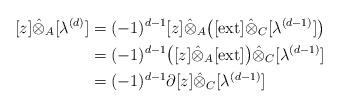
LaTeX: \begin{align*} [z]\hat\otimes_A [\lambda^{(d)}] &= (-1)^{d-1}[z]\hat\otimes_A \big([\mathrm{ext}] \hat\otimes_{C} [\lambda^{(d-1)}] \big) \\ &= (-1)^{d-1} \big( [z]\hat\otimes_A [\mathrm{ext}] \big) \hat\otimes_{C} [\lambda^{(d-1)}] \\ &= (-1)^{d-1} \partial[z] \hat\otimes_{C} [\lambda^{(d-1)}]\end{align*}